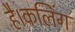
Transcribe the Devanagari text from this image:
है।कलिंग